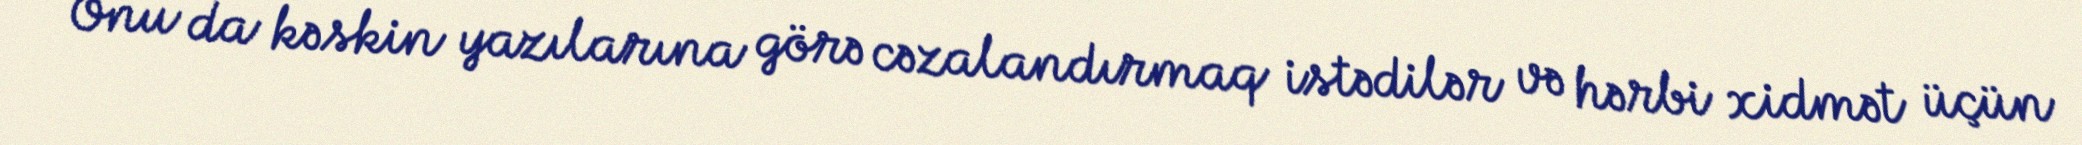
Onu da kəskin yazılarına görə cəzalandırmaq istədilər və hərbi xidmət üçün